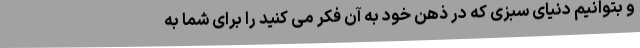
و بتوانیم دنیای سبزی که در ذهن خود به آن فکر می کنید را برای شما به